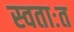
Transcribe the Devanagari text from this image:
स्वताःत